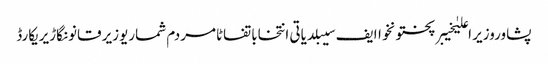
پشاوروزیر اعلیٰخیبرپختونخواایف سیبلدیاتی انتخاباتفاٹامردم شماریوزیر قانونگاڑیریکارڈ